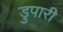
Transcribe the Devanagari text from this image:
डुपारी